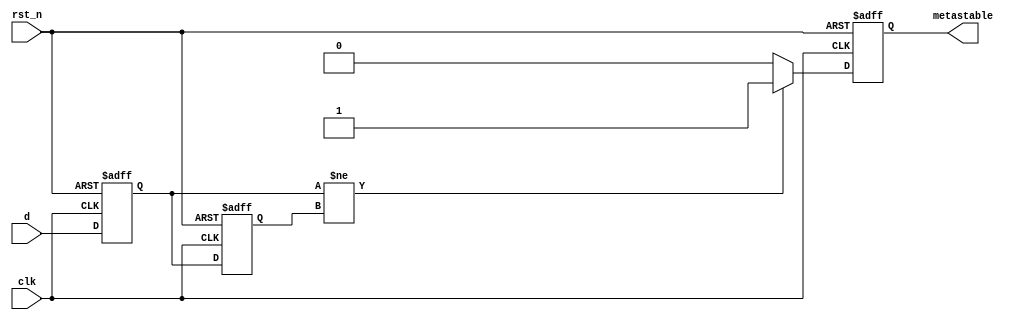
module metastability_detector (
    input wire clk,         // Clock signal
    input wire rst_n,      // Active low reset signal
    input wire d,          // Signal to monitor
    output reg metastable   // Output indicating metastability
);

    // Internal signals for the flip-flop outputs
    reg q1, q2;

    // Sequential logic for the flip-flops
    always @(posedge clk or negedge rst_n) begin
        if (!rst_n) begin
            q1 <= 1'b0; // Reset state for flip-flop 1
            q2 <= 1'b0; // Reset state for flip-flop 2
            metastable <= 1'b0; // Reset the metastability indicator
        end else begin
            // Sampling the input signal
            q1 <= d;  // First flip-flop samples the signal
            q2 <= q1; // Second flip-flop samples the output of the first

            // Metastability detection logic
            if (q1 != q2) begin
                // If q1 and q2 are not equal, a metastable state is detected
                metastable <= 1'b1; 
            end else begin
                // If they stabilize, clear the metastabile state
                metastable <= 1'b0;
            end
        end
    end

endmodule